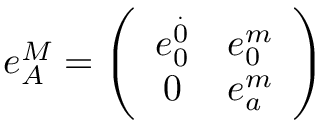
e _ { A } ^ { M } = \left( \begin{array} { c c } { { e _ { 0 } ^ { \stackrel { . } { 0 } } } } & { { e _ { 0 } ^ { m } } } \\ { { 0 } } & { { e _ { a } ^ { m } } } \end{array} \right)